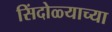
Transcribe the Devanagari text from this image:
सिंदोळ्याच्या